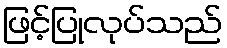
ဖြင့်ပြုလုပ်သည်